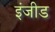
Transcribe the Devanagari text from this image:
इंजीड